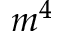
m ^ { 4 }